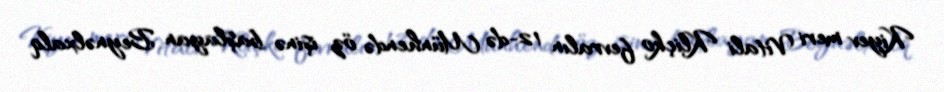
Kiyev meri Vitali Kliçko fevralın 12-də Münhendə öz işinə başlayan Beynəlxalq